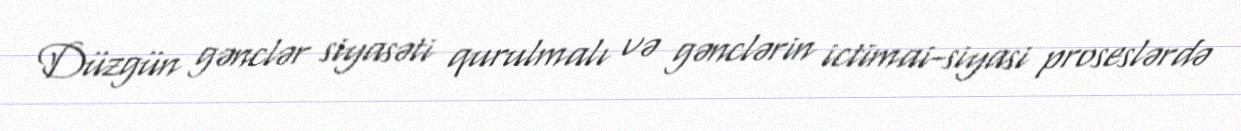
Düzgün gənclər siyasəti qurulmalı və gənclərin ictimai-siyasi proseslərdə